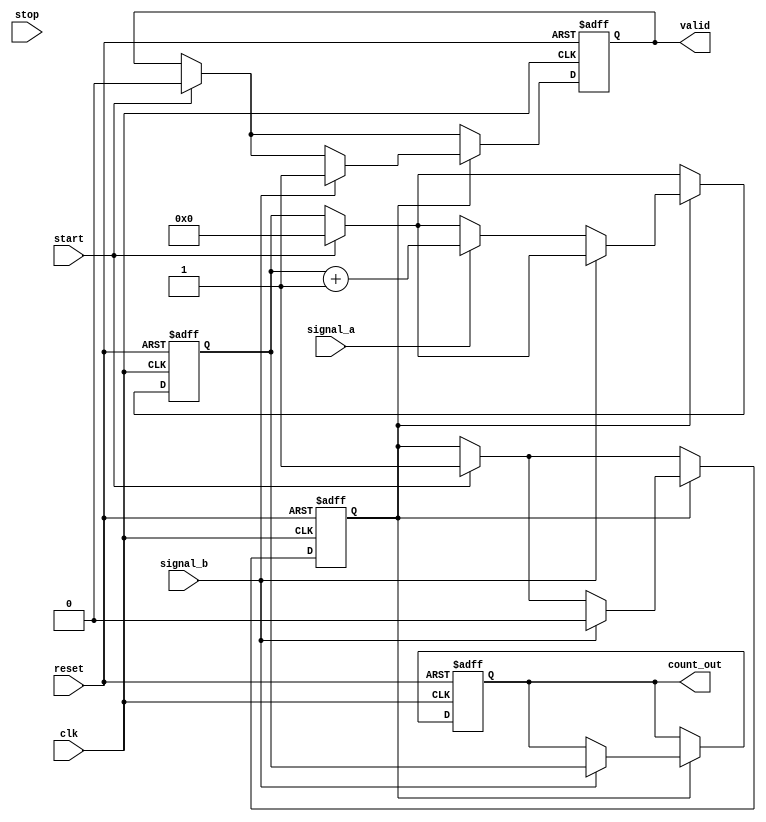
module TDC (
    input wire clk,             // System clock
    input wire reset,           // Asynchronous reset
    input wire start,           // Start signal
    input wire stop,            // Stop signal
    input wire signal_a,        // Input signal A
    input wire signal_b,        // Input signal B
    output reg [15:0] count_out, // TDC output count
    output reg valid            // Output valid signal
);

    // Parameters
    parameter DELAY_LINE_WIDTH = 16; // Number of delay stages
    reg [DELAY_LINE_WIDTH-1:0] delay_line [0:DELAY_LINE_WIDTH-1]; // Delay line array
    reg [3:0] tap; // Tap selection
    reg measuring;  // Measurement state
    reg [15:0] counter; // Counter for time measurement

    // Differential input stage and Schmitt trigger (simplified)
    wire signal_a_cleaned;
    wire signal_b_cleaned;

    assign signal_a_cleaned = signal_a; // Placeholder for actual conditioning
    assign signal_b_cleaned = signal_b; // Placeholder for actual conditioning

    // Control Logic
    always @(posedge clk or posedge reset) begin
        if (reset) begin
            measuring <= 0;
            counter <= 0;
            count_out <= 0;
            valid <= 0;
        end else begin
            if (start) begin
                measuring <= 1;
                counter <= 0;
                valid <= 0;
            end

            if (measuring) begin
                if (signal_b_cleaned) begin
                    measuring <= 0; // Stop measuring on signal B
                    count_out <= counter; // Output the count
                    valid <= 1; // Valid measurement
                end else if (signal_a_cleaned) begin
                    // Start counting on signal A
                    counter <= counter + 1;
                end
            end
        end
    end

    // Delay Line Logic
    integer i;
    always @(posedge clk) begin
        for (i = 0; i < DELAY_LINE_WIDTH; i = i + 1) begin
            if (signal_a_cleaned) begin
                delay_line[i] <= 1; // Assume a delay when signal A is active
            end else begin
                delay_line[i] <= 0; // Reset delay line
            end
        end
    end

    // Output Encoding (additional logic could be added here)
    // For demonstration purposes, we output the count directly.

endmodule